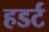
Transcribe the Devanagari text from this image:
हडर्ट